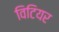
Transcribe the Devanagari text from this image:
विटियर